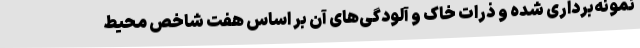
نمونه‌برداری شده و ذرات خاک و آلودگی‌های آن بر اساس هفت شاخص محیط